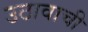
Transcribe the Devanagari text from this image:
उठावाची